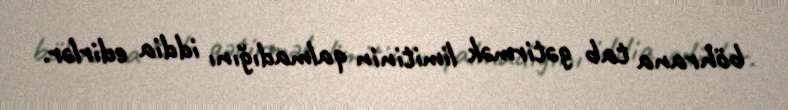
böhrana tab gətirmək limitinin qalmadığını iddia edirlər.